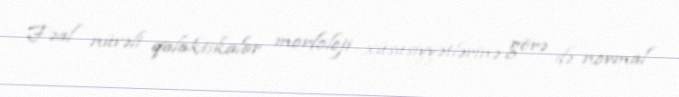
Fəal nüvəli qalaktikalar morfoloji xüsusiyyətlərinə görə də normal